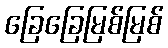
ခြေခြေမြစ်မြစ်